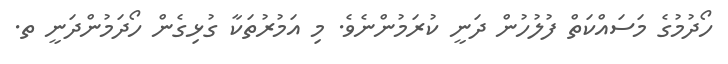
ހޯދުމުގެ މަސައްކަތް ފުލުހުން ދަނީ ކުރަމުންނެވެ. މި އަމުރުތަކާ ގުޅިގެން ހޯދަމުންދަނީ ތ.